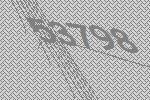
53798